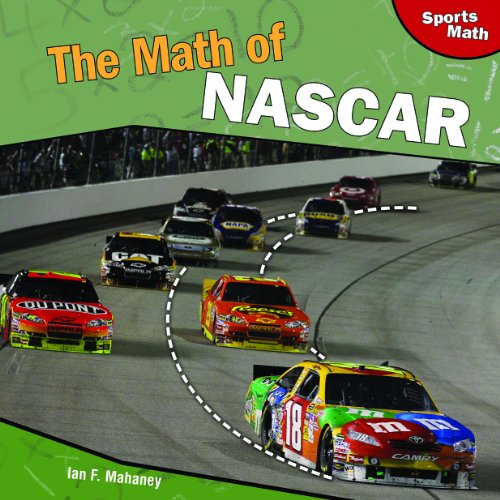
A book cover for The Math of NASCAR (Sports Math); Ian F. Mahaney; Children's Books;